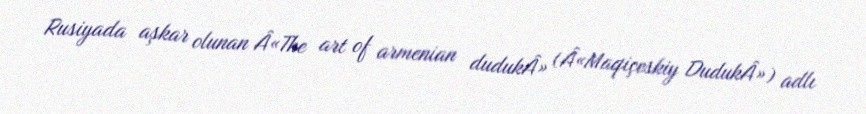
Rusiyada aşkar olunan Â«The art of armenian dudukÂ» (Â«Maqiçeskiy DudukÂ») adlı